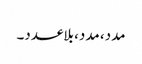
مدد، مدد، بلاعدد۔